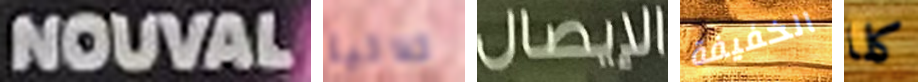
NOUVAL ثلاثية الإيصال الخفيفة كلا